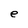
Character: e